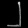
Digit: ၂